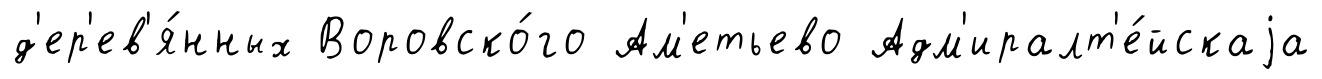
д'ер'ев'я́нных Воровско́го Ам'етьево Адм'иралт'е́йскаjа